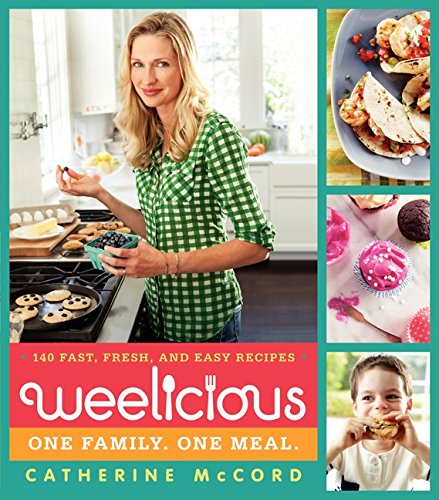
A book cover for Weelicious: 140 Fast, Fresh, and Easy Recipes; Catherine McCord; Cookbooks, Food & Wine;